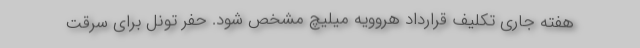
هفته جاری تکلیف قرارداد هروویه میلیچ مشخص شود. حفر تونل برای سرقت